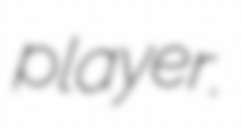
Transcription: player.